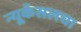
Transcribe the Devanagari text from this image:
न्यूकॅसलचा